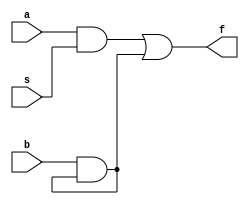
module mux_2to1(a,b,s,f);
	input a,b,s;
	output f;
	
	wire c,d,e;
	not(c,s);
	and(d,a,s);
	and(e,b,e);
	
	or(f,d,e);
endmodule